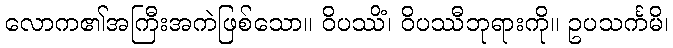
လောက၏အကြီးအကဲဖြစ်သော။ ဝိပဿိံ၊ ဝိပဿီဘုရားကို။ ဥပသင်္ကမိ၊